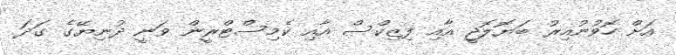
އަށް ހޮވުނުއިރު ބަޔޮލޮޖީ އާއި ފިޒިކްސް އާއި ކެމިސްޓްރީން ވަނީ ދުނިޔޭގެ ގަދަ